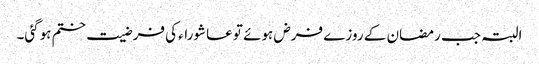
البتہ جب رمضان کے روزے فرض ہوئے تو عاشوراء کی فرضیت ختم ہوگئی۔